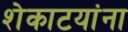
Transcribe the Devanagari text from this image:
शेकाटयांना